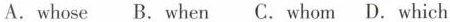
A.whose B.When C.Whom D.Which